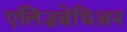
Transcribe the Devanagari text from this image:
एलिज़बेथिअन